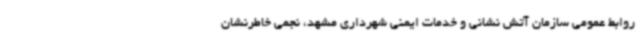
روابط عمومی سازمان آتش نشانی و خدمات ایمنی شهرداری مشهد، نجمی خاطرنشان